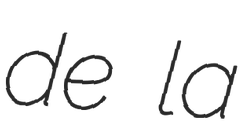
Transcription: de la